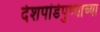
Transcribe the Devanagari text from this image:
देशपांडेपुण्याच्या